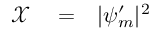
\begin{array} { r l r } { \mathcal { X } } & { { } = } & { | \psi _ { m } ^ { \prime } | ^ { 2 } } \end{array}